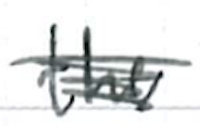
Text: the
Cross-out: scratch
Writing tool: ballpoint